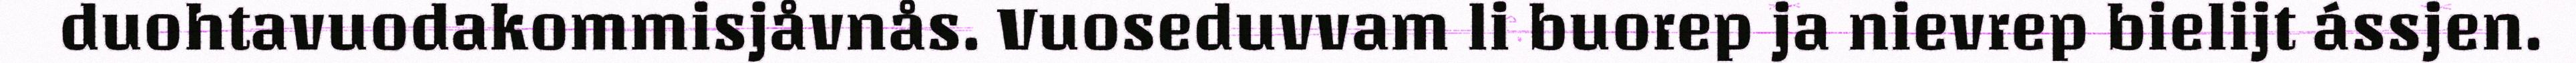
duohtavuodakommisjåvnås. Vuoseduvvam li buorep ja nievrep bielijt ássjen.